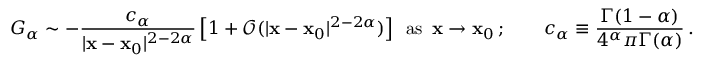
G _ { \alpha } \sim - \frac { c _ { \alpha } } { | \mathbf { x } - \mathbf { x } _ { 0 } | ^ { 2 - 2 \alpha } } \left[ 1 + \mathcal { O } ( | \mathbf { x } - \mathbf { x } _ { 0 } | ^ { 2 - 2 \alpha } ) \right] \enspace \mathrm { a s } \enspace \mathbf { x } \to \mathbf { x } _ { 0 } \, ; \qquad c _ { \alpha } \equiv \frac { \Gamma ( 1 - \alpha ) } { 4 ^ { \alpha } \pi \Gamma ( \alpha ) } \, .